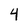
Character: 4